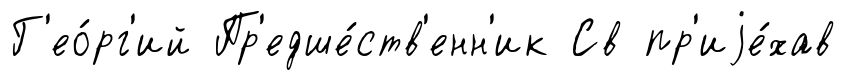
Г'ео́рг'ий Пр'едше́ств'енн'ик Св пр'иjе́хав